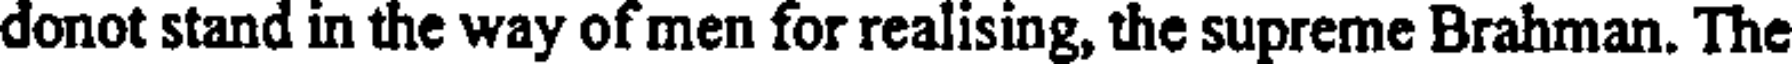
donot stand in the way of men for realising, the supreme Brahman. The